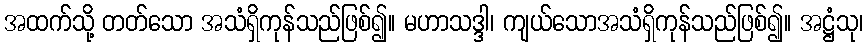
အထက်သို့ တတ်သော အသံရှိကုန်သည်ဖြစ်၍။ မဟာသဒ္ဒါ၊ ကျယ်သောအသံရှိကုန်သည်ဖြစ်၍။ အဋ္ဌံသု၊